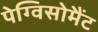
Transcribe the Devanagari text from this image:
पेग्विसोमैंट